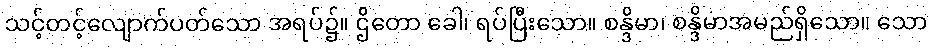
သင့်တင့်လျောက်ပတ်သော အရပ်၌။ ဌိတော ခေါ၊ ရပ်ပြီးသော။ စန္ဒိမာ၊ စန္ဒိမာအမည်ရှိသော။ သော